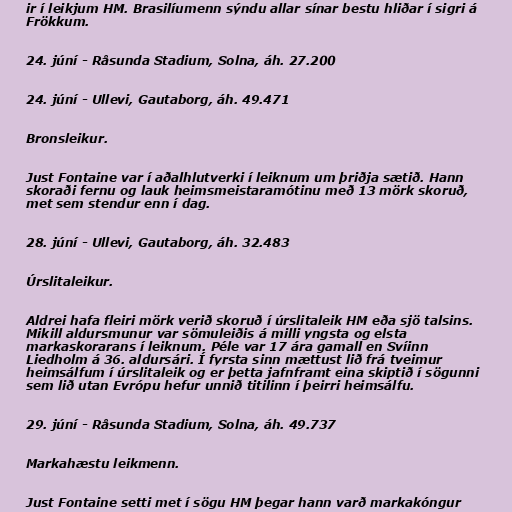
ir í leikjum HM. Brasilíumenn sýndu allar sínar bestu hliðar í sigri á
Frökkum.

24. júní - Råsunda Stadium, Solna, áh. 27.200

24. júní - Ullevi, Gautaborg, áh. 49.471

Bronsleikur.

Just Fontaine var í aðalhlutverki í leiknum um þriðja sætið. Hann
skoraði fernu og lauk heimsmeistaramótinu með 13 mörk skoruð,
met sem stendur enn í dag.

28. júní - Ullevi, Gautaborg, áh. 32.483

Úrslitaleikur.

Aldrei hafa fleiri mörk verið skoruð í úrslitaleik HM eða sjö talsins.
Mikill aldursmunur var sömuleiðis á milli yngsta og elsta
markaskorarans í leiknum. Péle var 17 ára gamall en Svíinn
Liedholm á 36. aldursári. Í fyrsta sinn mættust lið frá tveimur
heimsálfum í úrslitaleik og er þetta jafnframt eina skiptið í sögunni
sem lið utan Evrópu hefur unnið titilinn í þeirri heimsálfu.

29. júní - Råsunda Stadium, Solna, áh. 49.737

Markahæstu leikmenn.

Just Fontaine setti met í sögu HM þegar hann varð markakóngur